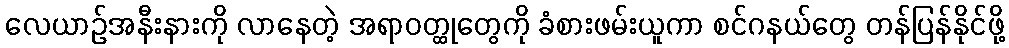
လေယာဉ်အနီးနားကို လာနေတဲ့ အရာဝတ္ထုတွေကို ခံစားဖမ်းယူကာ စင်ဂနယ်တွေ တန်ပြန်နိုင်ဖို့